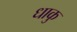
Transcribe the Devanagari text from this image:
धाकु